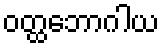
ဝတ္ထဘောဂါယ